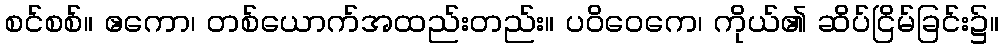
စင်စစ်။ ဧကော၊ တစ်ယောက်အထည်းတည်း။ ပဝိဝေကေ၊ ကိုယ်၏ ဆိပ်ငြိမ်ခြင်း၌။